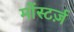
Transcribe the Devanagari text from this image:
मोंस्टर्ज़